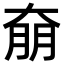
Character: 奟